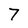
Character: 7